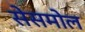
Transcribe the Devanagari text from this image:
सेसमोल